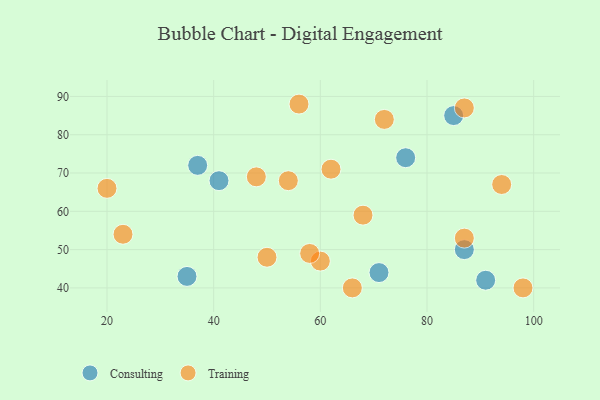
{"axis": {"x": "GDP", "y": "Life Expectancy"}, "legend": ["Consulting", "Training"], "data": [{"x": "87", "y": 50, "type": "Consulting"}, {"x": "35", "y": 43, "type": "Consulting"}, {"x": "71", "y": 44, "type": "Consulting"}, {"x": "85", "y": 85, "type": "Consulting"}, {"x": "76", "y": 74, "type": "Consulting"}, {"x": "37", "y": 72, "type": "Consulting"}, {"x": "41", "y": 68, "type": "Consulting"}, {"x": "91", "y": 42, "type": "Consulting"}, {"x": "20", "y": 66, "type": "Training"}, {"x": "48", "y": 69, "type": "Training"}, {"x": "50", "y": 48, "type": "Training"}, {"x": "60", "y": 47, "type": "Training"}, {"x": "62", "y": 71, "type": "Training"}, {"x": "72", "y": 84, "type": "Training"}, {"x": "54", "y": 68, "type": "Training"}, {"x": "56", "y": 88, "type": "Training"}, {"x": "66", "y": 40, "type": "Training"}, {"x": "87", "y": 87, "type": "Training"}, {"x": "23", "y": 54, "type": "Training"}, {"x": "68", "y": 59, "type": "Training"}, {"x": "94", "y": 67, "type": "Training"}, {"x": "58", "y": 49, "type": "Training"}, {"x": "87", "y": 53, "type": "Training"}, {"x": "98", "y": 40, "type": "Training"}]}